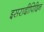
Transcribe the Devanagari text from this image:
इसरादीपिदिन